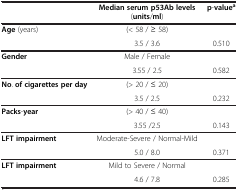
<table><thead><tr><td><b> </b></td><td><b>Median serum p53Ab levels (units/ml)</b></td><td><b>p-value<sup>a</sup></b></td></tr></thead><tbody><tr><td><b>Age</b> (years)</td><td>(&lt; 58 / ≥ 58)</td><td> </td></tr><tr><td> </td><td>3.5 / 3.6</td><td>0.510</td></tr><tr><td><b>Gender</b></td><td>Male / Female</td><td> </td></tr><tr><td> </td><td>3.55 / 2.5</td><td>0.582</td></tr><tr><td><b>No</b>. <b>of cigarettes per day</b></td><td>(&gt; 20 / ≤ 20)</td><td> </td></tr><tr><td> </td><td>3.5 / 2.5</td><td>0.232</td></tr><tr><td><b>Packs</b>-<b>year</b></td><td>(&gt; 40 / ≤ 40)</td><td> </td></tr><tr><td> </td><td>3.55 /2.5</td><td>0.143</td></tr><tr><td><b>LFT impairment</b></td><td>Moderate-Severe / Normal-Mild</td><td> </td></tr><tr><td> </td><td>5.0 / 8.0</td><td>0.371</td></tr><tr><td><b>LFT impairment</b></td><td>Mild to Severe / Normal</td><td> </td></tr><tr><td> </td><td>4.6 / 7.8</td><td>0.285</td></tr></tbody></table>